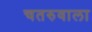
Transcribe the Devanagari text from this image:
चतरुवाला